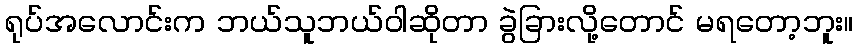
ရုပ်အလောင်းက ဘယ်သူဘယ်ဝါဆိုတာ ခွဲခြားလို့တောင် မရတော့ဘူး။